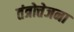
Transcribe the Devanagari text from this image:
तंत्रोत्तेजना